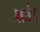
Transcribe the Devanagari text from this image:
शर्त।